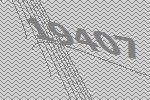
19407